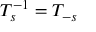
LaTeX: T _ { s } ^ { - 1 } = T _ { - s }